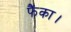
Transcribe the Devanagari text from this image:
फैंका।